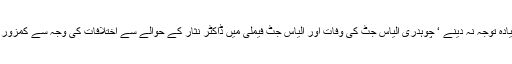
ڈاکٹر نثار کو حلقے میں زیادہ توجہ نہ دینے ‘ چوہدری الیاس جٹ کی وفات اور الیاس جٹ فیملی میں ڈاکٹر نثار کے حوالے سے اختلافات کی وجہ سے کمزور امیدوار سمجھا جا رہا ہے۔